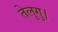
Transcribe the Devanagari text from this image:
तेलुगु।